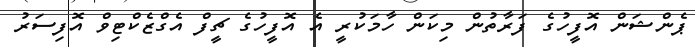
ޕެންޝަން އޮފީހުގެ ފަރާތުން މިކަން ހާމަކުރީ އެ އޮފީހުގެ ޗީފް އެގްޒެކްޓިވް އޮފިސަރު